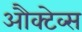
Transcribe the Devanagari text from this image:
औक्टेव्स